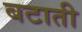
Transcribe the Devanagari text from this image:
बटाती